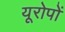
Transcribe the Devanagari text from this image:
यूरोपों